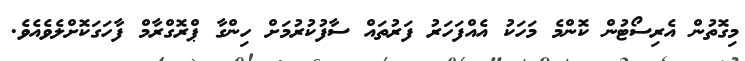
މިގޮތުން އެރިސޯޓުން ކޮންމެ މަހަކު އެއްފަހަރު ފަރުތައް ސާފުކުރުމަށް ހިންގާ ޕްރޮގްރާމް ފާހަގަކޮށްލެވެއެވެ.